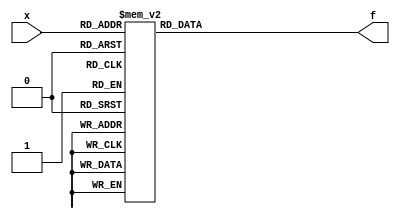
module top_module (
    input [4:1] x, 
    output f );

    always @ (*) begin

        case (x) 

        4'h4 : f = 1'b1;
        4'h1 : f = 1'b1;
        4'h5 : f = 1'b1;
        4'h6 : f = 1'b1;
        4'hc : f = 1'b1;
        4'hf : f = 1'b1;
        4'h0 : f = 1'b1;
        4'he : f = 1'b1;
        default : f = 1'b0;
        endcase

    end

endmodule